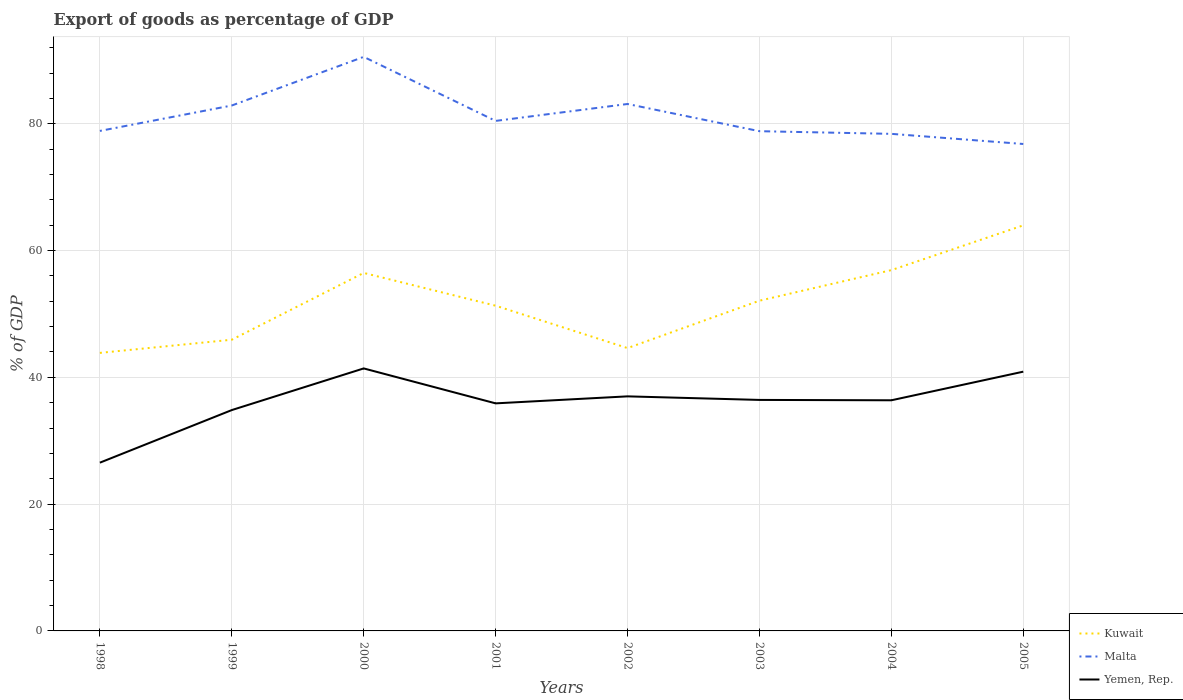
| Years | Kuwait | Malta | Yemen, Rep. |
 | --- | --- | --- | --- |
 | 1998 | 43.9 | 78.9 | 26.5 |
 | 1999 | 45.9 | 82.9 | 34.8 |
 | 2000 | 56.5 | 90.6 | 41.4 |
 | 2001 | 51.3 | 80.5 | 35.9 |
 | 2002 | 44.6 | 83.1 | 37 |
 | 2003 | 52.1 | 78.8 | 36.4 |
 | 2004 | 56.9 | 78.4 | 36.4 |
 | 2005 | 64 | 76.8 | 40.9 |